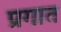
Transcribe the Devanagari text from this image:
प्रगात